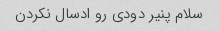
سلام پنیر دودی رو ادسال نکردن